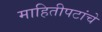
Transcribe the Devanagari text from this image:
माहितीपटांचे